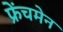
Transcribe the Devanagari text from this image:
फ्रेंचमेन